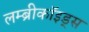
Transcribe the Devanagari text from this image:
लम्ब्रीकॉइड्स